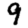
Digit: 9